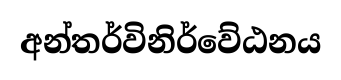
අන්තර්විනිර්වේඨනය